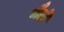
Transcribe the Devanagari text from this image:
भैदों